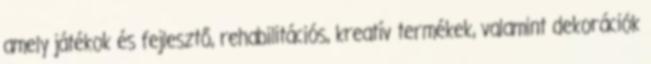
amely játékok és fejlesztő, rehabilitációs, kreatív termékek, valamint dekorációk